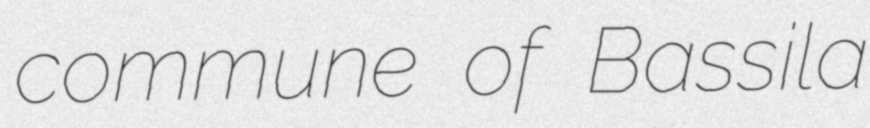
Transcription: commune of Bassila